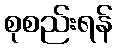
စုစည်းရန်